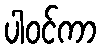
ပါဝင်ကာ